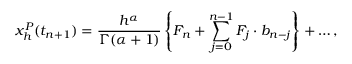
x _ { h } ^ { P } ( t _ { n + 1 } ) = \frac { h ^ { \alpha } } { \Gamma ( \alpha + 1 ) } \left\{ F _ { n } + \sum _ { j = 0 } ^ { n - 1 } F _ { j } \cdot b _ { n - j } \right\} + \ldots ,